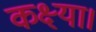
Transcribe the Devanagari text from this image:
कक्ष्या।